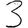
Digit: 3